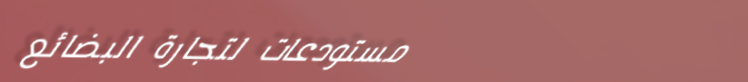
مستودعات لتجارة البضائع